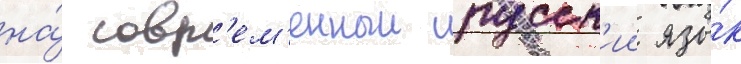
на́ совр'ем'енныи русск'ии язы́к